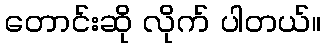
တောင်းဆို လိုက် ပါတယ်။